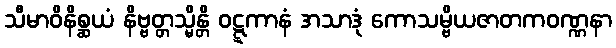
သီမာဝိနိစ္ဆယံ နိဗ္ဗတ္တသ္မိန္တိ ဝဋ္ဋကာနံ အသာဒုံ ကောသမ္ဗိယဇာတကဝဏ္ဏနာ